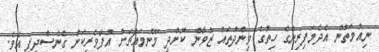
ނިއުމަތުން އެދެމަފިރިންގެ ހިތުގެ ވިންދުތައް ޒުވާން ކޮށްދީ މޫނުމައްޗަށް އުފާވެރިކަން ގެނެސްދީފި އެވެ.